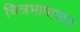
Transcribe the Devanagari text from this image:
चित्रभाषावाद